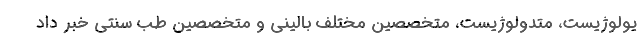
یولوژیست، متدولوژیست، متخصصین مختلف بالینی و متخصصین طب سنتی خبر داد